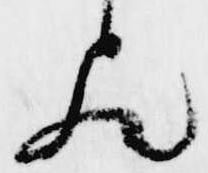
歟